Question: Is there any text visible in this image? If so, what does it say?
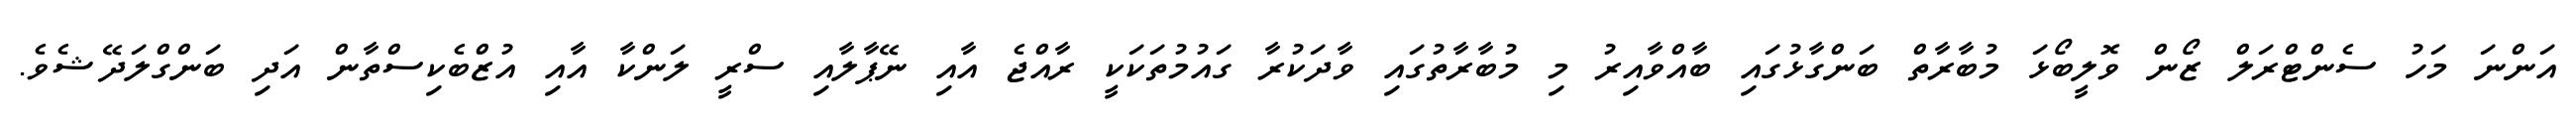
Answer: އަންނަ މަހު ސެންޓްރަލް ޒޯން ވޮލީބޯޅަ މުބާރާތް ބަންގާޅުގައި ބާއްވާއިރު މި މުބާރާތުގައި ވާދަކުރާ ގައުމުތަކަކީ ރާއްޖެ އާއި ނޭޕާލާއި ސްރީ ލަންކާ އާއި އުޒްބެކިސްތާން އަދި ބަންގްލަދޭޝެވެ.